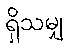
ရှိသမျှ